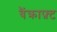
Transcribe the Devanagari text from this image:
बैंक्राफ़्ट